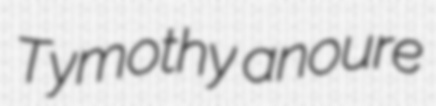
Tymothy anoure